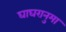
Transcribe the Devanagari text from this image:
घाघरानुमा